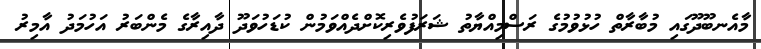
މާއެނބޫދޫގައި މުބާރާތް ހުޅުވުމުގެ ރަސްމިއްޔާތު ޝަރަފުވެރިކޮށްދެއްވަމުން ކުޑަހުވަދޫ ދާއިރާގެ މެންބަރު އަހުމަދު އާމިރު